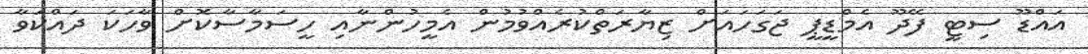
އައްޑޫ ސިޓީ ފޭދޫ އެމްޑީޕީ ޖަގަހައަށް ޒިޔާރަތްކުރެއްވުމުން އެމީހުންނާއި ހީސަމާސާކޮށް ވާހަކަ ދައްކަވާ